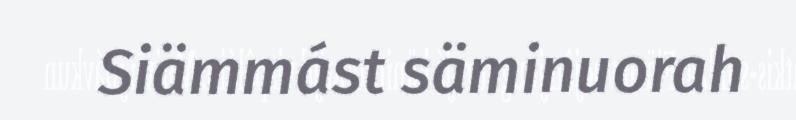
Siämmást säminuorah